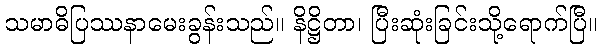
သမာဓိပြဿနာမေးခွန်းသည်။ နိဋ္ဌိတာ၊ ပြီးဆုံးခြင်းသို့ရောက်ပြီ။